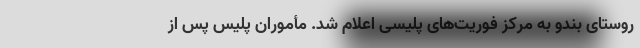
روستای بندو به مرکز فوریت‌های پلیسی اعلام شد. مأموران پلیس پس از